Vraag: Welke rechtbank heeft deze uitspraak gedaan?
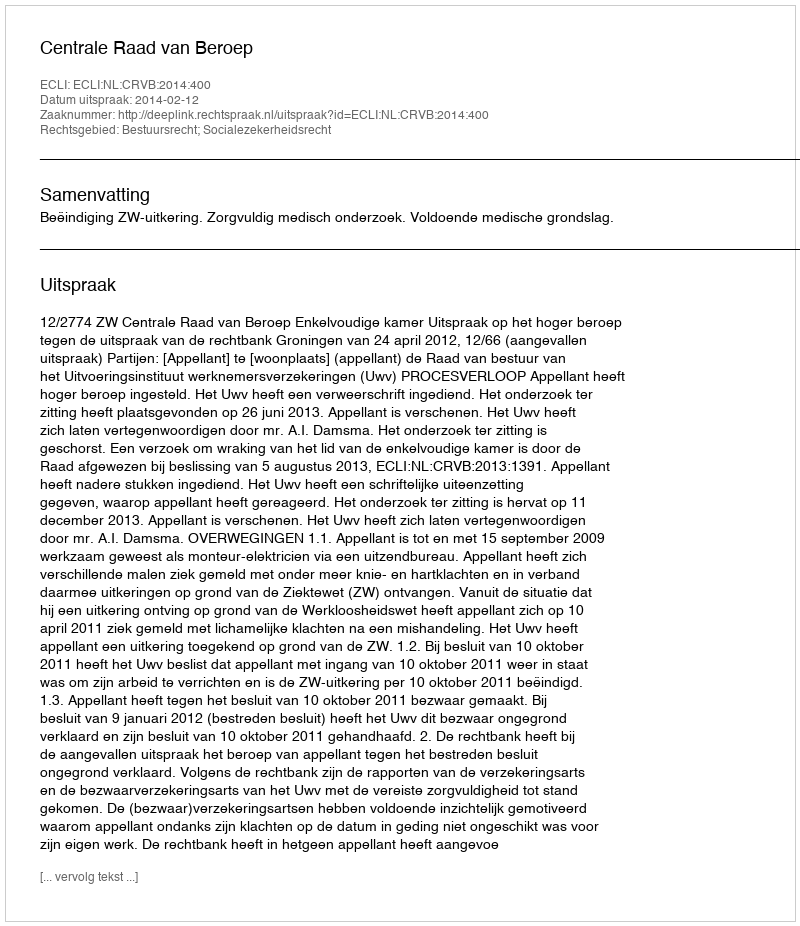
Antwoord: Centrale Raad van Beroep